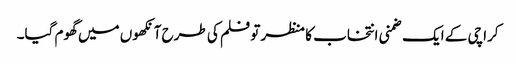
کراچی کے ایک ضمنی انتخاب کا منظر تو فلم کی طرح آنکھوں میں گھوم گیا۔